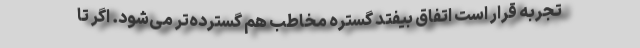
تجربه قرار است اتفاق بیفتد گستره مخاطب هم گسترده‌تر می‌شود. اگر تا